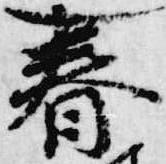
春